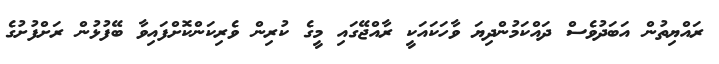
ރައްޔިތުން އަބަދުވެސް ދައްކަމުންދިޔަ ވާހަކައަކީ ރާއްޖޭގައި މީގެ ކުރިން ވެރިކަންކޮށްފައިވާ ބޭފުޅުން ރަށްފުށުގެ